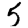
Digit: 5